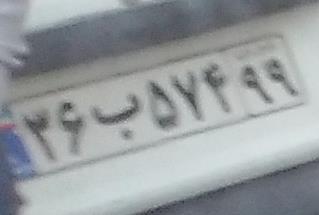
۳۶ب۵۷۴۹۹